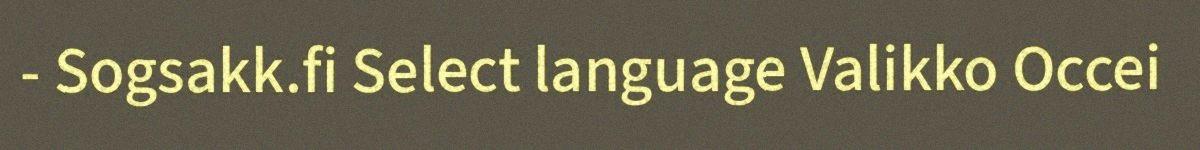
- Sogsakk.fi Select language Valikko Occei